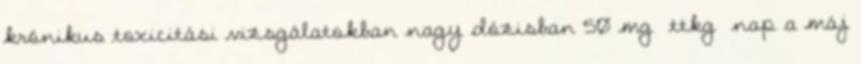
krónikus toxicitási vizsgálatokban nagy dózisban 50 mg ttkg nap a máj